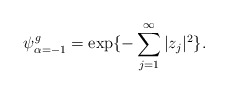
\begin{align*}\psi^g_{\alpha =-1} = \exp\{- \sum^{\infty}_{j=1} |z_j|^2 \}.\end{align*}